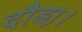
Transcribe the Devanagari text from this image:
दौडा़।